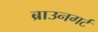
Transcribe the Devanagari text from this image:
ब्राउनगर्ट